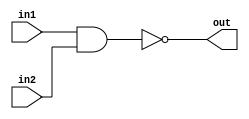
module nand2 (in1,in2,out);
input in1,in2;
output out;
assign out = ~(in1 & in2);
endmodule